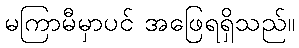
မကြာမီမှာပင် အဖြေရရှိသည်။